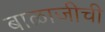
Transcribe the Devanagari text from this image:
बाळाजीची